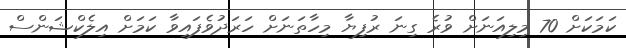
ކަމަކަށް 70 މިލިއަނަށް ވުރެ ގިނަ ރުފިޔާ މިހާތަނަށް ހަރަދުވެފައިވާ ކަމަށް އިލެކްޝަންސް